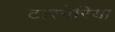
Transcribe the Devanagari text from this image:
टारनेरिया